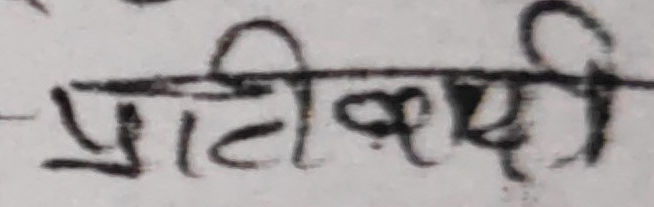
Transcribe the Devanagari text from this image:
प्रतिकृपी